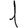
Digit: 1